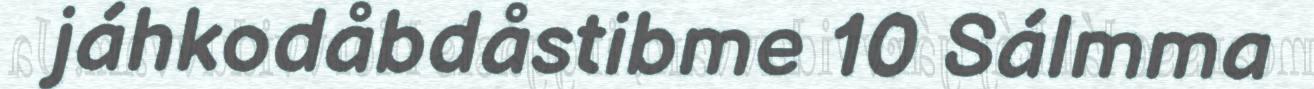
jáhkodåbdåstibme 10 Sálmma